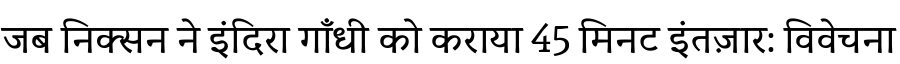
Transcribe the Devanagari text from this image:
जब निक्सन ने इंदिरा गाँधी को कराया 45 मिनट इंतज़ार: विवेचना